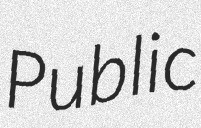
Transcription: Public